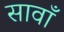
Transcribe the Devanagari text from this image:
सावाँ